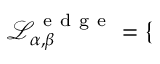
\mathcal { L } _ { \alpha , \beta } ^ { \mathrm { ~ e ~ d ~ g ~ e ~ } } = \left\{ \begin{array} { l l } \end{array} \right.